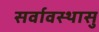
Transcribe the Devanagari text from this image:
सर्वावस्थासु